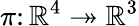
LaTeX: \pi\colon\mathbb{R}^{4}\twoheadrightarrow\mathbb{R}^{3}